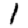
Digit: 1